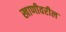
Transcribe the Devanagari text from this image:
खाणीवरील